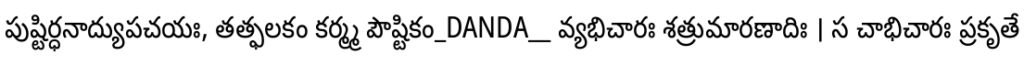
పుష్టిర్ధనాద్యుపచయః, తత్ఫలకం కర్మ్మ పౌష్టికం_DANDA__ వ్యభిచారః శత్రుమారణాదిః । స చాభిచారః ప్రకృతే